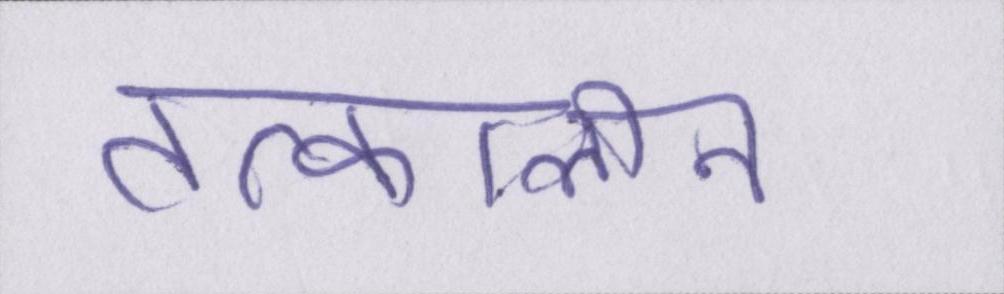
तत्कालीन